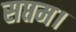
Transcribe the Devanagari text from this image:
सप्तम।